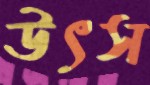
উৎস